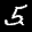
Label: 5